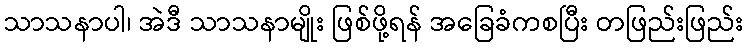
သာသနာပါ၊ အဲဒီ သာသနာမျိုး ဖြစ်ဖို့ရန် အခြေခံကစပြီး တဖြည်းဖြည်း